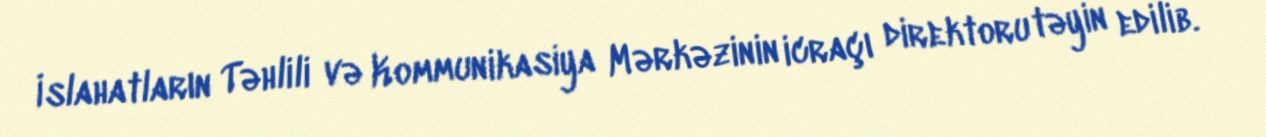
İslahatların Təhlili və Kommunikasiya Mərkəzinin icraçı direktoru təyin edilib.